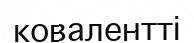
ковалентті